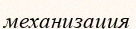
механизация